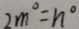
2 m ^ { \circ } = n ^ { \circ }